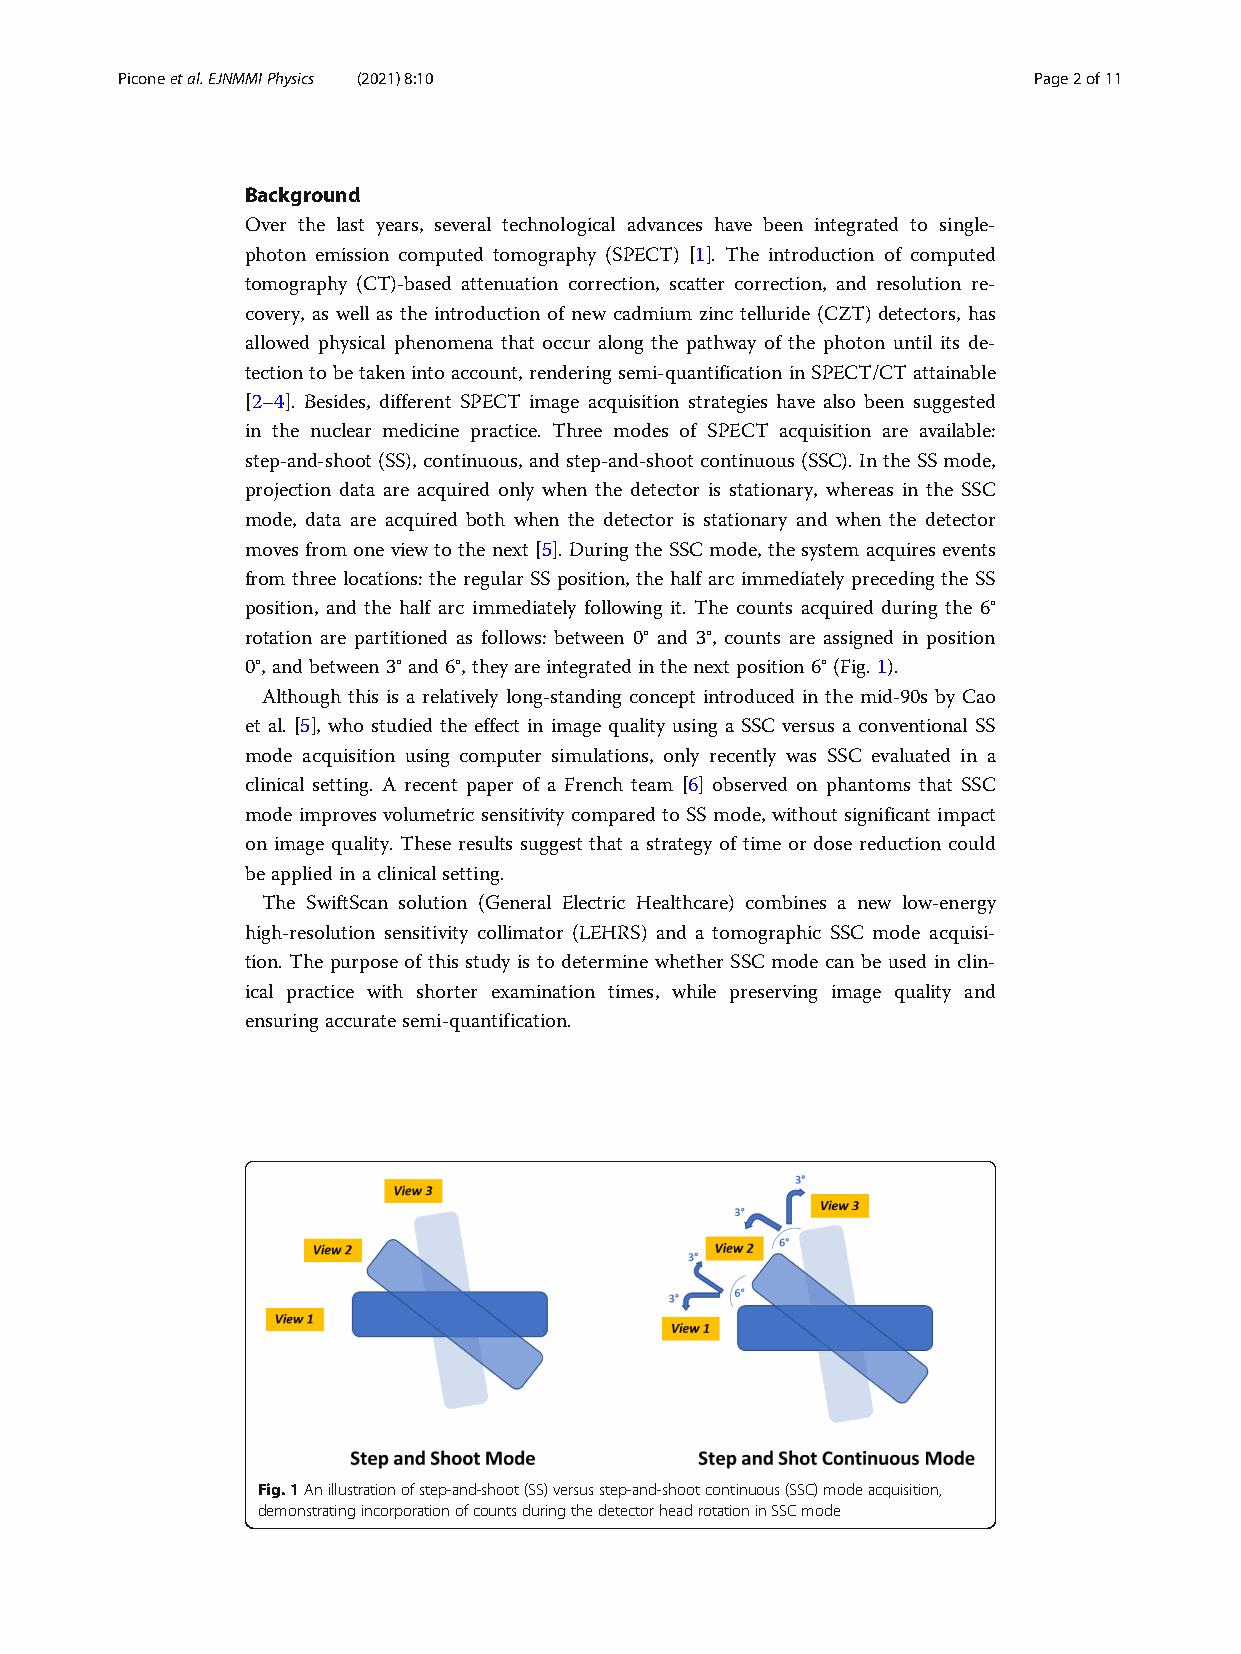
Piconeetal.EJNMMIPhysics (2021) 8:10                        Page2of11
 Background
 Over the last years, several technological advances have been integrated to single-
 photon emission computed tomography (SPECT) [1]. The introduction of computed
 tomography (CT)-based attenuation correction, scatter correction, and resolution re-
 covery, as well as the introduction of new cadmium zinc telluride (CZT) detectors, has
 allowed physical phenomena that occur along the pathway of the photon until its de-
 tectiontobetakenintoaccount,renderingsemi-quantificationinSPECT/CTattainable
 [2–4]. Besides, different SPECT image acquisition strategies have also been suggested
 in the nuclear medicine practice. Three modes of SPECT acquisition are available:
 step-and-shoot(SS),continuous, andstep-and-shootcontinuous(SSC).IntheSSmode,
 projection data are acquired only when the detector is stationary, whereas in the SSC
 mode, data are acquired both when the detector is stationary and when the detector
 moves from one view to the next [5].During the SSC mode, the system acquires events
 from three locations: the regular SS position, the half arc immediately preceding the SS
 position, and the half arc immediately following it. The counts acquired during the 6°
 rotation are partitioned as follows: between 0° and 3°, counts are assigned in position
 0°,andbetween3°and6°,theyareintegratedinthenextposition 6°(Fig. 1).
 Although this is a relatively long-standing concept introduced in the mid-90s by Cao
 et al. [5], who studied the effect in image quality using a SSC versus a conventional SS
 mode acquisition using computer simulations, only recently was SSC evaluated in a
 clinical setting. A recent paper of a French team [6] observed on phantoms that SSC
 mode improves volumetric sensitivity compared to SS mode, without significant impact
 on image quality. These results suggest that a strategy of time or dose reduction could
 beapplied inaclinical setting.
 The SwiftScan solution (General Electric Healthcare) combines a new low-energy
 high-resolution sensitivity collimator (LEHRS) and a tomographic SSC mode acquisi-
 tion. The purpose of this study is to determine whether SSC mode can be used in clin-
 ical practice with shorter examination times, while preserving image quality and
 ensuringaccuratesemi-quantification.
 Fig.1Anillustrationofstep-and-shoot(SS)versusstep-and-shootcontinuous(SSC)modeacquisition,
 demonstratingincorporationofcountsduringthedetectorheadrotationinSSCmode